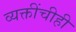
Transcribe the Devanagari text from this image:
व्यक्तींचीही